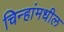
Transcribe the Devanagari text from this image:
चिन्हांमधील